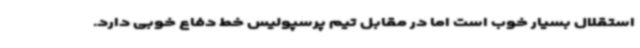
استقلال بسیار خوب است اما در مقابل تیم پرسپولیس خط دفاع خوبی دارد.